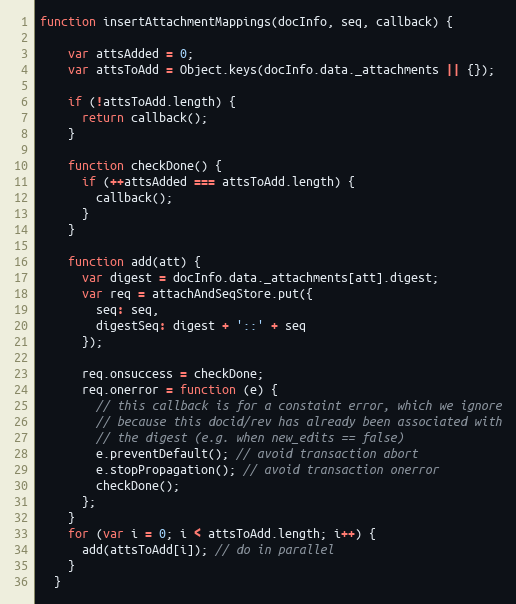
Language: JavaScript
function insertAttachmentMappings(docInfo, seq, callback) {

    var attsAdded = 0;
    var attsToAdd = Object.keys(docInfo.data._attachments || {});

    if (!attsToAdd.length) {
      return callback();
    }

    function checkDone() {
      if (++attsAdded === attsToAdd.length) {
        callback();
      }
    }

    function add(att) {
      var digest = docInfo.data._attachments[att].digest;
      var req = attachAndSeqStore.put({
        seq: seq,
        digestSeq: digest + '::' + seq
      });

      req.onsuccess = checkDone;
      req.onerror = function (e) {
        // this callback is for a constaint error, which we ignore
        // because this docid/rev has already been associated with
        // the digest (e.g. when new_edits == false)
        e.preventDefault(); // avoid transaction abort
        e.stopPropagation(); // avoid transaction onerror
        checkDone();
      };
    }
    for (var i = 0; i < attsToAdd.length; i++) {
      add(attsToAdd[i]); // do in parallel
    }
  }